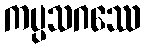
ကပ္ပသဂဿေ